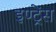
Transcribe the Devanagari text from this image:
इण्ट्रेंस